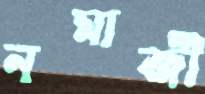
নমাজী